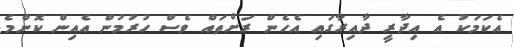
އެކަމަކު އެ އިދާރީ ދާއިރާގައި އެހެން ރަށްތައް ވެސް ހުރުމުން އެއިން ކޮންމެ